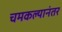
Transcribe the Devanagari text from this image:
चमकल्यानंतर